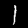
Label: 1